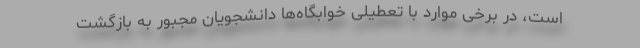
است، در برخی موارد با تعطیلی خوابگاه‌ها دانشجویان مجبور به بازگشت